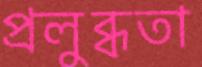
প্রলুব্ধতা